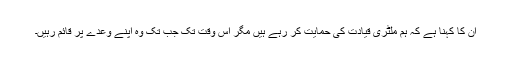
ان کا کہنا ہے کہ ہم ملٹری قیادت کی حمایت کر رہے ہیں مگر اس وقت تک جب تک وہ اپنے وعدے پر قائم رہیں۔